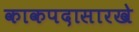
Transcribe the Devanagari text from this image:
काकपदासारखे